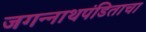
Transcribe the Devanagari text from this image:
जगन्‍नाथपंडिताचा